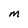
Character: m